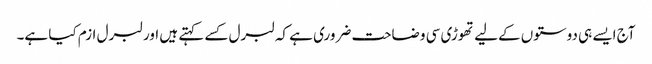
آج ایسے ہی دوستوں کےلیے تھوڑی سی وضاحت ضروری ہے کہ لبرل کسے کہتے ہیں اور لبرل ازم کیا ہے۔